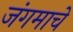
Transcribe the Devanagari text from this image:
जंगमाचे